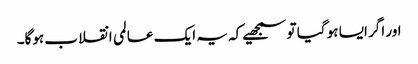
اور اگر ایسا ہو گیا تو سمجھیے کہ یہ ایک عالمی انقلاب ہوگا۔